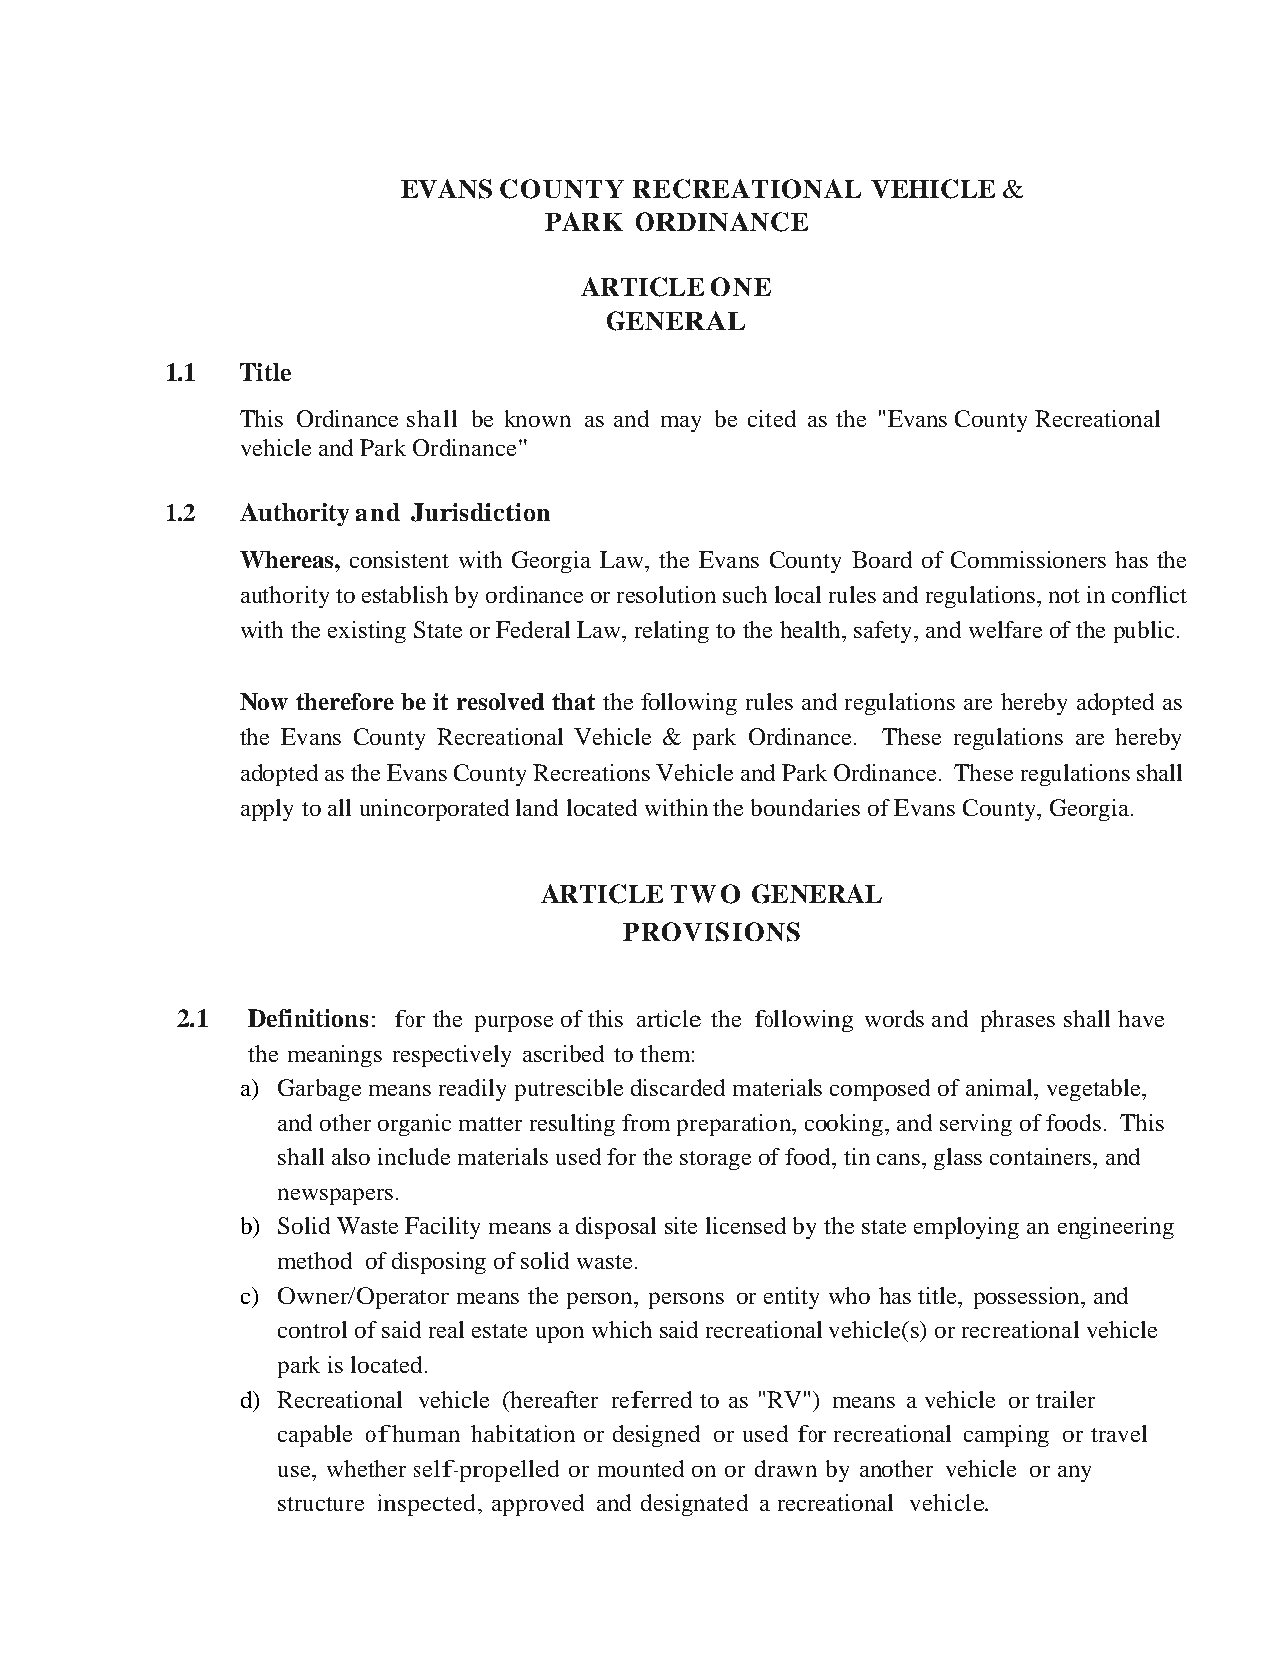
EVANS COUNTY   RECREATIONAL    VEHICLE &
 PARK  ORDINANCE
 ARTICLE  ONE
 GENERAL
 1.1  Title
 This Ordinance shall be known as and may be cited as the "Evans County Recreational
 vehicle and Park Ordinance"
 1.2  Authority and Jurisdiction
 Whereas, consistent with Georgia Law, the Evans County Board of Commissioners has the
 authority to establish by ordinance or resolution such local rules and regulations, not in conflict
 with the existing State or Federal Law, relating to the health, safety, and welfare of the public.
 Now therefore be it resolved that the following rules and regulations are hereby adopted as
 the Evans County Recreational Vehicle & park Ordinance. These regulations are hereby
 adopted as the Evans County Recreations Vehicle and Park Ordinance. These regulations shall
 apply to all unincorporated land located within the boundaries of Evans County, Georgia.
 ARTICLE TW  O GENERAL
 PROVISIONS
 2.1 Definitions: for the purpose of this article the following words and phrases shall have
 the meanings respectively ascribed to them:
 a) Garbage means readily putrescible discarded materials composed of animal, vegetable,
 and other organic matter resulting from preparation, cooking, and serving of foods. This
 shall also include materials used for the storage of food, tin cans, glass containers, and
 newspapers.
 b) Solid Waste Facility means a disposal site licensed by the state employing an engineering
 method of disposing of solid waste.
 c) Owner/Operator means the person, persons or entity who has title, possession, and
 control of said real estate upon which said recreational vehicle(s) or recreational vehicle
 park is located.
 d) Recreational vehicle (hereafter referred to as "RV") means a vehicle or trailer
 capable of human habitation or designed or used for recreational camping or travel
 use, whether self-propelled or mounted on or drawn by another vehicle or any
 structure inspected, approved and designated a recreational vehicle.